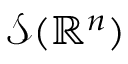
{ \mathcal { S } } ( \mathbb { R } ^ { n } )